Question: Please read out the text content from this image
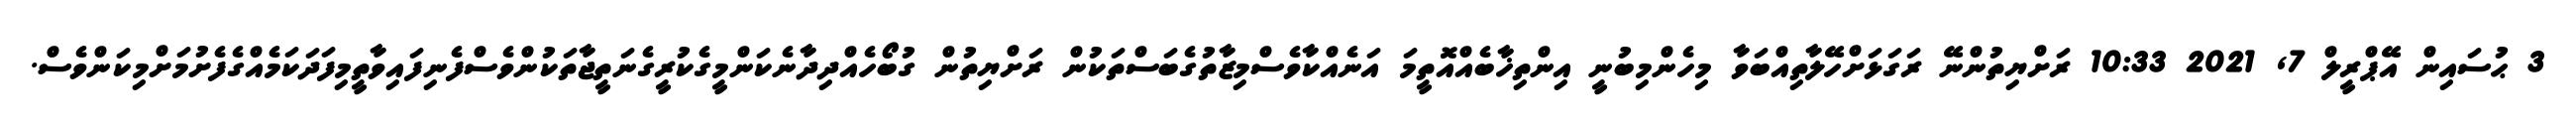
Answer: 3 ޙުސައިން އޭޕްރީލް 7, 2021 10:33 ރަށްޔިތުންނޭ ރަގަޅަށްހޭލާތިއްބަވާ މިހެންމިބުނީ އިންތިޚާބެއްއޮތީމަ އަނެއްކާވެސްމިޒާތުގެބަސްތަކުން ރަށްޔިތުން ގުބޯހެއްދިދާނެކަންމީގެކުރީގެނަތީޖާތަކުންވެސްފެނިފައިވާތީމިފަދަކަމެއްގެފެށުމަށްމިކަންވެސް.